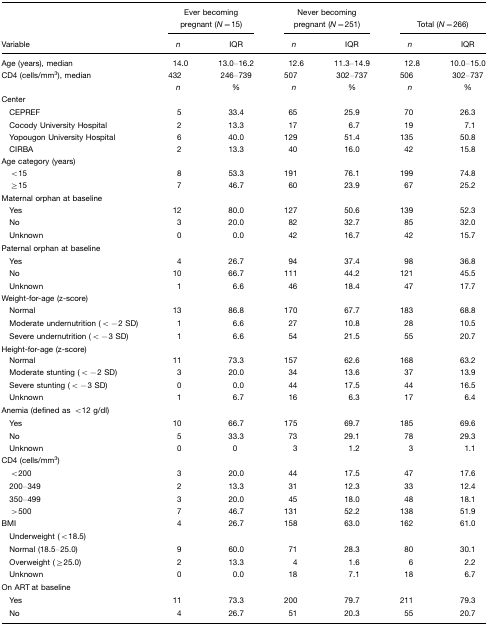
<table><thead><tr><td></td><td colspan="2"><b>Ever becoming pregnant (<i>N</i>=15)</b></td><td colspan="2"><b>Never becoming pregnant (<i>N</i>=251)</b></td><td colspan="2"><b>Total (<i>N</i>=266)</b></td></tr><tr><td><b>Variable</b></td><td><b><i>n</i></b></td><td><b>IQR</b></td><td><b><i>n</i></b></td><td><b>IQR</b></td><td><b><i>n</i></b></td><td><b>IQR</b></td></tr></thead><tbody><tr><td>Age (years), median</td><td>14.0</td><td>13.0–16.2</td><td>12.6</td><td>11.3–14.9</td><td>12.8</td><td>10.0–15.0</td></tr><tr><td>CD4 (cells/mm<sup>3</sup>), median</td><td>432</td><td>246–739</td><td>507</td><td>302–737</td><td>506</td><td>302–737</td></tr><tr><td></td><td><i>n</i></td><td>%</td><td><i>n</i></td><td>%</td><td><i>n</i></td><td>%</td></tr><tr><td>Center</td><td></td><td></td><td></td><td></td><td></td><td></td></tr><tr><td> CEPREF</td><td>5</td><td>33.4</td><td>65</td><td>25.9</td><td>70</td><td>26.3</td></tr><tr><td> Cocody University Hospital</td><td>2</td><td>13.3</td><td>17</td><td>6.7</td><td>19</td><td>7.1</td></tr><tr><td> Yopougon University Hospital</td><td>6</td><td>40.0</td><td>129</td><td>51.4</td><td>135</td><td>50.8</td></tr><tr><td> CIRBA</td><td>2</td><td>13.3</td><td>40</td><td>16.0</td><td>42</td><td>15.8</td></tr><tr><td>Age category (years)</td><td></td><td></td><td></td><td></td><td></td><td></td></tr><tr><td> &lt;15</td><td>8</td><td>53.3</td><td>191</td><td>76.1</td><td>199</td><td>74.8</td></tr><tr><td> ≥15</td><td>7</td><td>46.7</td><td>60</td><td>23.9</td><td>67</td><td>25.2</td></tr><tr><td>Maternal orphan at baseline</td><td></td><td></td><td></td><td></td><td></td><td></td></tr><tr><td> Yes</td><td>12</td><td>80.0</td><td>127</td><td>50.6</td><td>139</td><td>52.3</td></tr><tr><td> No</td><td>3</td><td>20.0</td><td>82</td><td>32.7</td><td>85</td><td>32.0</td></tr><tr><td> Unknown</td><td>0</td><td>0.0</td><td>42</td><td>16.7</td><td>42</td><td>15.7</td></tr><tr><td>Paternal orphan at baseline</td><td></td><td></td><td></td><td></td><td></td><td></td></tr><tr><td> Yes</td><td>4</td><td>26.7</td><td>94</td><td>37.4</td><td>98</td><td>36.8</td></tr><tr><td> No</td><td>10</td><td>66.7</td><td>111</td><td>44.2</td><td>121</td><td>45.5</td></tr><tr><td> Unknown</td><td>1</td><td>6.6</td><td>46</td><td>18.4</td><td>47</td><td>17.7</td></tr><tr><td>Weight-for-age (z-score)</td><td></td><td></td><td></td><td></td><td></td><td></td></tr><tr><td> Normal</td><td>13</td><td>86.8</td><td>170</td><td>67.7</td><td>183</td><td>68.8</td></tr><tr><td> Moderate undernutrition (&lt;−2 SD)</td><td>1</td><td>6.6</td><td>27</td><td>10.8</td><td>28</td><td>10.5</td></tr><tr><td> Severe undernutrition (&lt;−3 SD)</td><td>1</td><td>6.6</td><td>54</td><td>21.5</td><td>55</td><td>20.7</td></tr><tr><td>Height-for-age (z-score)</td><td></td><td></td><td></td><td></td><td></td><td></td></tr><tr><td> Normal</td><td>11</td><td>73.3</td><td>157</td><td>62.6</td><td>168</td><td>63.2</td></tr><tr><td> Moderate stunting (&lt;−2 SD)</td><td>3</td><td>20.0</td><td>34</td><td>13.6</td><td>37</td><td>13.9</td></tr><tr><td> Severe stunting (&lt;−3 SD)</td><td>0</td><td>0.0</td><td>44</td><td>17.5</td><td>44</td><td>16.5</td></tr><tr><td> Unknown</td><td>1</td><td>6.7</td><td>16</td><td>6.3</td><td>17</td><td>6.4</td></tr><tr><td>Anemia (defined as &lt;12 g/dl)</td><td></td><td></td><td></td><td></td><td></td><td></td></tr><tr><td> Yes</td><td>10</td><td>66.7</td><td>175</td><td>69.7</td><td>185</td><td>69.6</td></tr><tr><td> No</td><td>5</td><td>33.3</td><td>73</td><td>29.1</td><td>78</td><td>29.3</td></tr><tr><td> Unknown</td><td>0</td><td>0</td><td>3</td><td>1.2</td><td>3</td><td>1.1</td></tr><tr><td>CD4 (cells/mm<sup>3</sup>)</td><td></td><td></td><td></td><td></td><td></td><td></td></tr><tr><td> &lt;200</td><td>3</td><td>20.0</td><td>44</td><td>17.5</td><td>47</td><td>17.6</td></tr><tr><td> 200–349</td><td>2</td><td>13.3</td><td>31</td><td>12.3</td><td>33</td><td>12.4</td></tr><tr><td> 350–499</td><td>3</td><td>20.0</td><td>45</td><td>18.0</td><td>48</td><td>18.1</td></tr><tr><td> &gt;500</td><td>7</td><td>46.7</td><td>131</td><td>52.2</td><td>138</td><td>51.9</td></tr><tr><td>BMI</td><td>4</td><td>26.7</td><td>158</td><td>63.0</td><td>162</td><td>61.0</td></tr><tr><td> Underweight (&lt;18.5)</td><td></td><td></td><td></td><td></td><td></td><td></td></tr><tr><td> Normal (18.5–25.0)</td><td>9</td><td>60.0</td><td>71</td><td>28.3</td><td>80</td><td>30.1</td></tr><tr><td> Overweight (≥25.0)</td><td>2</td><td>13.3</td><td>4</td><td>1.6</td><td>6</td><td>2.2</td></tr><tr><td> Unknown</td><td>0</td><td>0.0</td><td>18</td><td>7.1</td><td>18</td><td>6.7</td></tr><tr><td>On ART at baseline</td><td></td><td></td><td></td><td></td><td></td><td></td></tr><tr><td> Yes</td><td>11</td><td>73.3</td><td>200</td><td>79.7</td><td>211</td><td>79.3</td></tr><tr><td> No</td><td>4</td><td>26.7</td><td>51</td><td>20.3</td><td>55</td><td>20.7</td></tr></tbody></table>